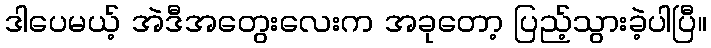
ဒါပေမယ့် အဲဒီအတွေးလေးက အခုတော့ ပြည့်သွားခဲ့ပါပြီ။